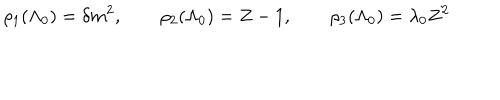
\rho _ { 1 } ( \Lambda _ { 0 } ) = \delta m ^ { 2 } , \qquad \rho _ { 2 } ( \Lambda _ { 0 } ) = Z - 1 , \qquad \rho _ { 3 } ( \Lambda _ { 0 } ) = \lambda _ { 0 } Z ^ { 2 }